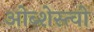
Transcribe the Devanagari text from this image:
ओब्शेस्त्वो